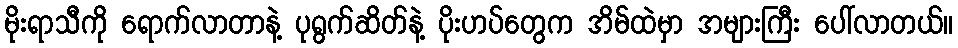
မိုးရာသီကို ရောက်လာတာနဲ့ ပုရွက်ဆိတ်နဲ့ ပိုးဟပ်တွေက အိမ်ထဲမှာ အများကြီး ပေါ်လာတယ်။